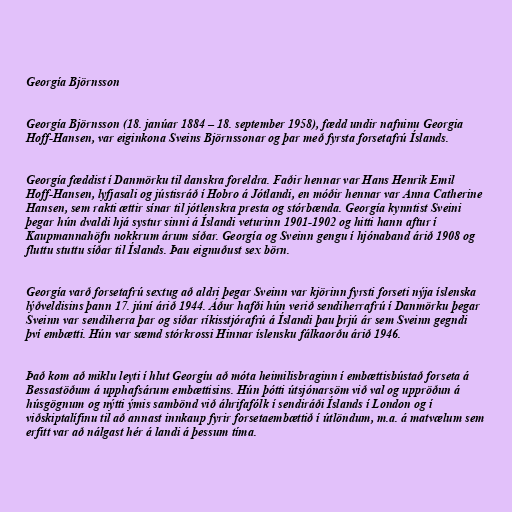
Georgía Björnsson

Georgía Björnsson (18. janúar 1884 – 18. september 1958), fædd undir nafninu Georgia
Hoff-Hansen, var eiginkona Sveins Björnssonar og þar með fyrsta forsetafrú Íslands.

Georgía fæddist í Danmörku til danskra foreldra. Faðir hennar var Hans Henrik Emil
Hoff-Hansen, lyfjasali og jústisráð í Hobro á Jótlandi, en móðir hennar var Anna Catherine
Hansen, sem rakti ættir sínar til jótlenskra presta og stórbænda. Georgía kynntist Sveini
þegar hún dvaldi hjá systur sinni á Íslandi veturinn 1901-1902 og hitti hann aftur í
Kaupmannahöfn nokkrum árum síðar. Georgía og Sveinn gengu í hjónaband árið 1908 og
fluttu stuttu síðar til Íslands. Þau eignuðust sex börn.

Georgía varð forsetafrú sextug að aldri þegar Sveinn var kjörinn fyrsti forseti nýja íslenska
lýðveldisins þann 17. júní árið 1944. Áður hafði hún verið sendiherrafrú í Danmörku þegar
Sveinn var sendiherra þar og síðar ríkisstjórafrú á Íslandi þau þrjú ár sem Sveinn gegndi
því embætti. Hún var sæmd stórkrossi Hinnar íslensku fálkaorðu árið 1946.

Það kom að miklu leyti í hlut Georgíu að móta heimilisbraginn í embættisbústað forseta á
Bessastöðum á upphafsárum embættisins. Hún þótti útsjónarsöm við val og uppröðun á
húsgögnum og nýtti ýmis sambönd við áhrifafólk í sendiráði Íslands í London og í
viðskiptalífinu til að annast innkaup fyrir forsetaembættið í útlöndum, m.a. á matvælum sem
erfitt var að nálgast hér á landi á þessum tíma.